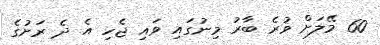
60 މޭލަށް ވުރެ ބާރު މިނުގައި ވައި ޖެހި އެ ދެ ރަށުގެ